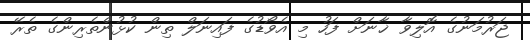
ޖަރުމަނުގެ އޮލިވާ ޚާނަށް ފަހު މި އެވޯޑުގެ ފައިނަލް ތިން ކުޅުންތެރިންގެ ތެރޭ